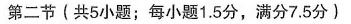
第二节(共5小题；每小题1.5分，满分7.5分)